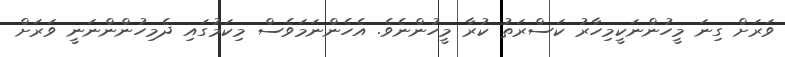
ވަރަށް ގިނަ މީހުންނަކީމިހާރު ކަސްރަތު ކުރާ މީހުންނެވެ. އެހެންނަމަވެސް މިކަމުގައި ދެމިހުންންނަނީ ވަރަށް